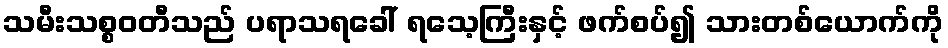
သမီးသစ္စဝတီသည် ပရာသရခေါ် ရသေ့ကြီးနှင့် ဖက်စပ်၍ သားတစ်ယောက်ကို